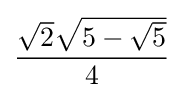
{\frac {{\sqrt {2}}{\sqrt {5-{\sqrt {5}}}}}{4}}